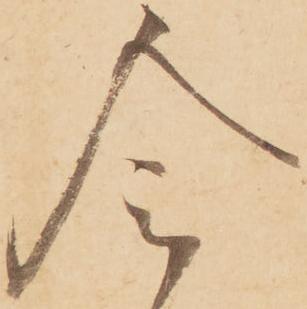
令